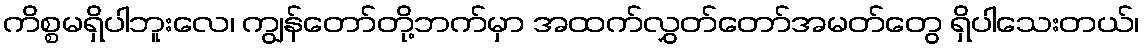
ကိစ္စမရှိပါဘူးလေ၊ ကျွန်တော်တို့ဘက်မှာ အထက်လွှတ်တော်အမတ်တွေ ရှိပါသေးတယ်၊